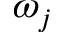
\omega _ { j }